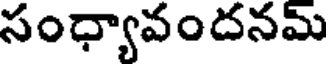
సంధ్యావందనమ్